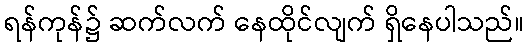
ရန်ကုန်၌ ဆက်လက် နေထိုင်လျက် ရှိနေပါသည်။